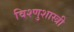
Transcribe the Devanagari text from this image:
विश्णुशास्त्री